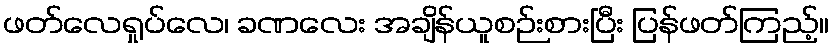
ဖတ်လေရှုပ်လေ၊ ခဏလေး အချိန်ယူစဉ်းစားပြီး ပြန်ဖတ်ကြည့်။